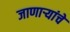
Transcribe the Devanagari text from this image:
जाणाऱ्यांचे